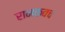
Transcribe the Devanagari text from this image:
रामकवच